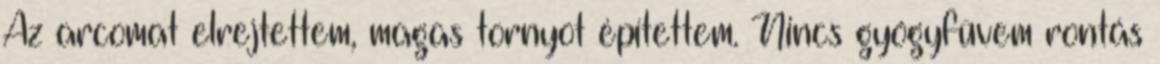
Az arcomat elrejtettem, magas tornyot építettem. Nincs gyógyfüvem rontás